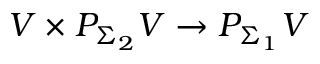
V \times P _ { \Sigma _ { 2 } } V \to P _ { \Sigma _ { 1 } } V